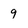
Character: 9